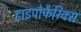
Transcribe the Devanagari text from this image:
हाइपोफैरिक्स